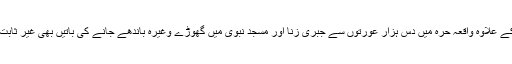
اس کے علاوہ واقعہ حرّہ میں دس ہزار عورتوں سے جبری زنا اور مسجدِ نبوی میں گھوڑے وغیرہ باندھے جانے کی باتیں بھی غیر ثابت ہیں۔